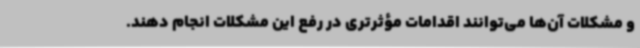
و مشکلات آن‌ها می‌توانند اقدامات مؤثرتری در رفع این مشکلات انجام دهند.